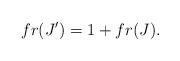
LaTeX: \begin{align*} fr(J')= 1 + fr(J).\end{align*}